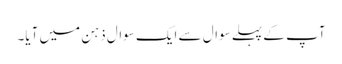
آپ کے پہلے سوال سے ایک سوال ذہن میں آیا۔